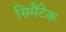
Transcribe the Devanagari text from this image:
सिमैंटेक